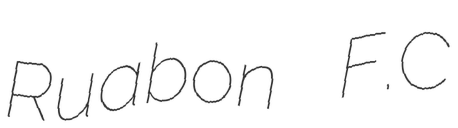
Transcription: Ruabon F.C